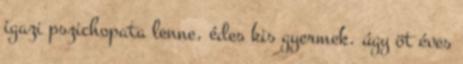
igazi pszichopata lenne, édes kis gyermek. úgy öt éves